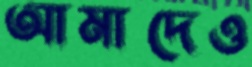
আমাদেও